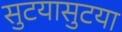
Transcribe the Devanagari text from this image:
सुटयासुटया